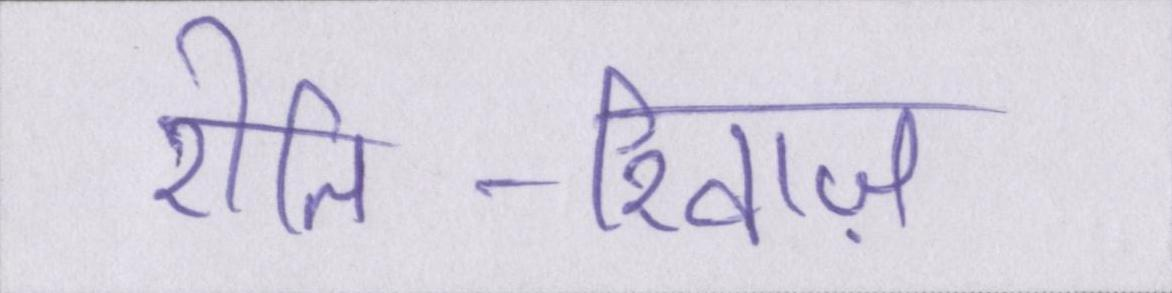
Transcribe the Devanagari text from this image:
रीति-रिवाज़